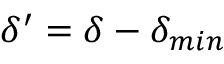
\delta ^ { \prime } = \delta - \delta _ { m i n }